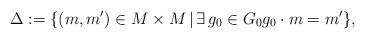
LaTeX: \begin{gather*}\Delta := \{ (m,m') \in M \times M \, | \,\exists\, g_0 \in G_0 g_0 \cdot m = m' \},\end{gather*}